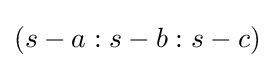
(s-a:s-b:s-c)